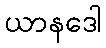
ယာနဒေါ